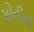
સોનીની